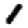
Digit: 1